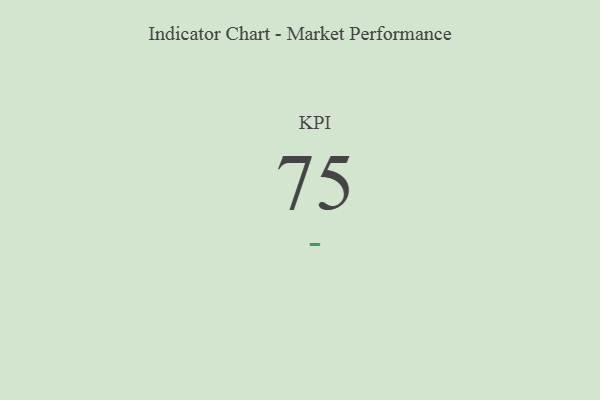
{"axis": {"x": "KPI", "y": "Value"}, "legend": [""], "data": [{"x": "KPI", "y": 75, "type": ""}]}